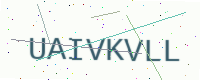
Text: UAIVKVLL